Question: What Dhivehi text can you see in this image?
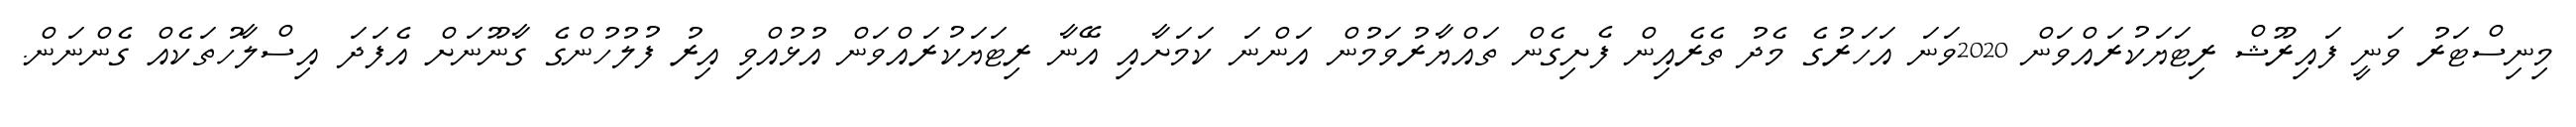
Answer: މިނިސްޓަރު ވަނީ ފައިރޫޝް ރިޓަޔަކުރައްވަން 2020ވަނަ އަހަރުގެ މެދު ތެރެއިން ފެށިގެން ތައްޔާރުވަމުން އަންނަ ކަމަށާއި އޭނާ ރިޓަޔަކުރައްވަން އުޅުއްވި އިރު ފުލުހުންގެ ގާނޫނަށް އެފަދަ އިސްލާހުތަކެއް ގެންނަން.